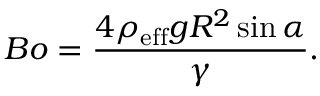
B o = { \frac { 4 \rho _ { \mathrm { e f f } } g R ^ { 2 } \sin \alpha } { \gamma } } .